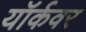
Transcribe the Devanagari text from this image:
यॉर्कवर